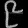
Digit: ၉